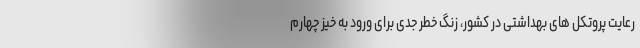
رعایت پروتکل های بهداشتی در کشور، زنگ خطر جدی برای ورود به خیز چهارم